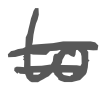
Text: to
Cross-out: double-line
Writing tool: digital_gray